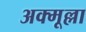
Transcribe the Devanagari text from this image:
अक्मूल्ला